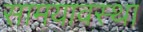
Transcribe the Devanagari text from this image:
सामयावस्था